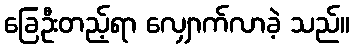
ခြေဦးတည့်ရာ လျှောက်လာခဲ့ သည်။